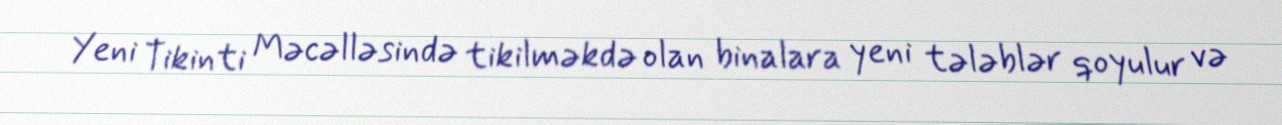
Yeni Tikinti Məcəlləsində tikilməkdə olan binalara yeni tələblər qoyulur və